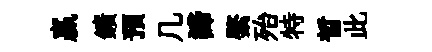
贏鑛預几諦綮殆特晳此